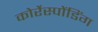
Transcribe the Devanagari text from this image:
कोर्रेस्पोंडिंग